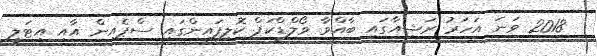
2018 ވަަނަ އަހަރު ރަޝިއާގައި ބާއްވާ ވޯލްޑްކަޕް ކޮލިފައިންގައި ސްޕެއިން އާއި އިޓަލީ